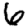
Digit: 6